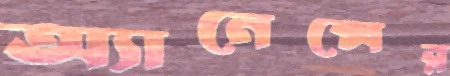
অ্যানেক্সের